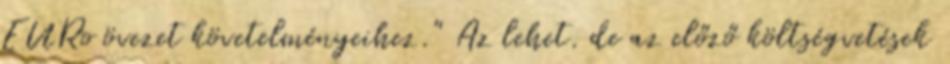
EURo övezet követelményeihez." Az lehet. de az előző költségvetések